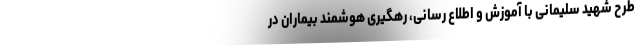
طرح شهید سلیمانی با آموزش و اطلاع رسانی، رهگیری هوشمند بیماران در